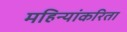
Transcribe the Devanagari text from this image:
महिन्यांकरिता